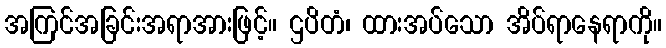
အကြင်အခြင်းအရာအားဖြင့်။ ဌပိတံ၊ ထားအပ်သော အိပ်ရာနေရာကို။